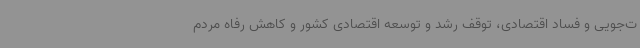
ت‌جویی و فساد اقتصادی، توقف رشد و توسعه اقتصادی کشور و کاهش رفاه مردم